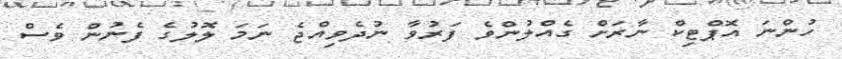
ހުންނަ އޮޕްޓިކް ނާރަށް ގެއްލުންވެ ފަރުވާ ނުދެވިއްޖެ ނަމަ ލޮލުގެ ފެނުން ވެސް